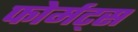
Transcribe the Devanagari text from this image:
फोर्मट्स